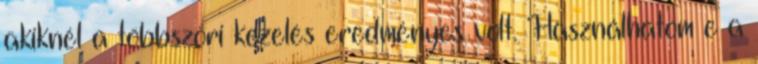
akiknél a többszöri kezelés eredményes volt. Használhatom e a